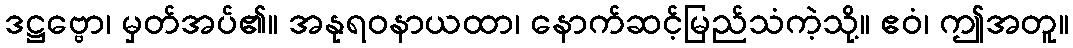
ဒဋ္ဌဗ္ဗော၊ မှတ်အပ်၏။ အနုရဝနာယထာ၊ နောက်ဆင့်မြည်သံကဲ့သို့။ ဧဝံ၊ ဤအတူ။